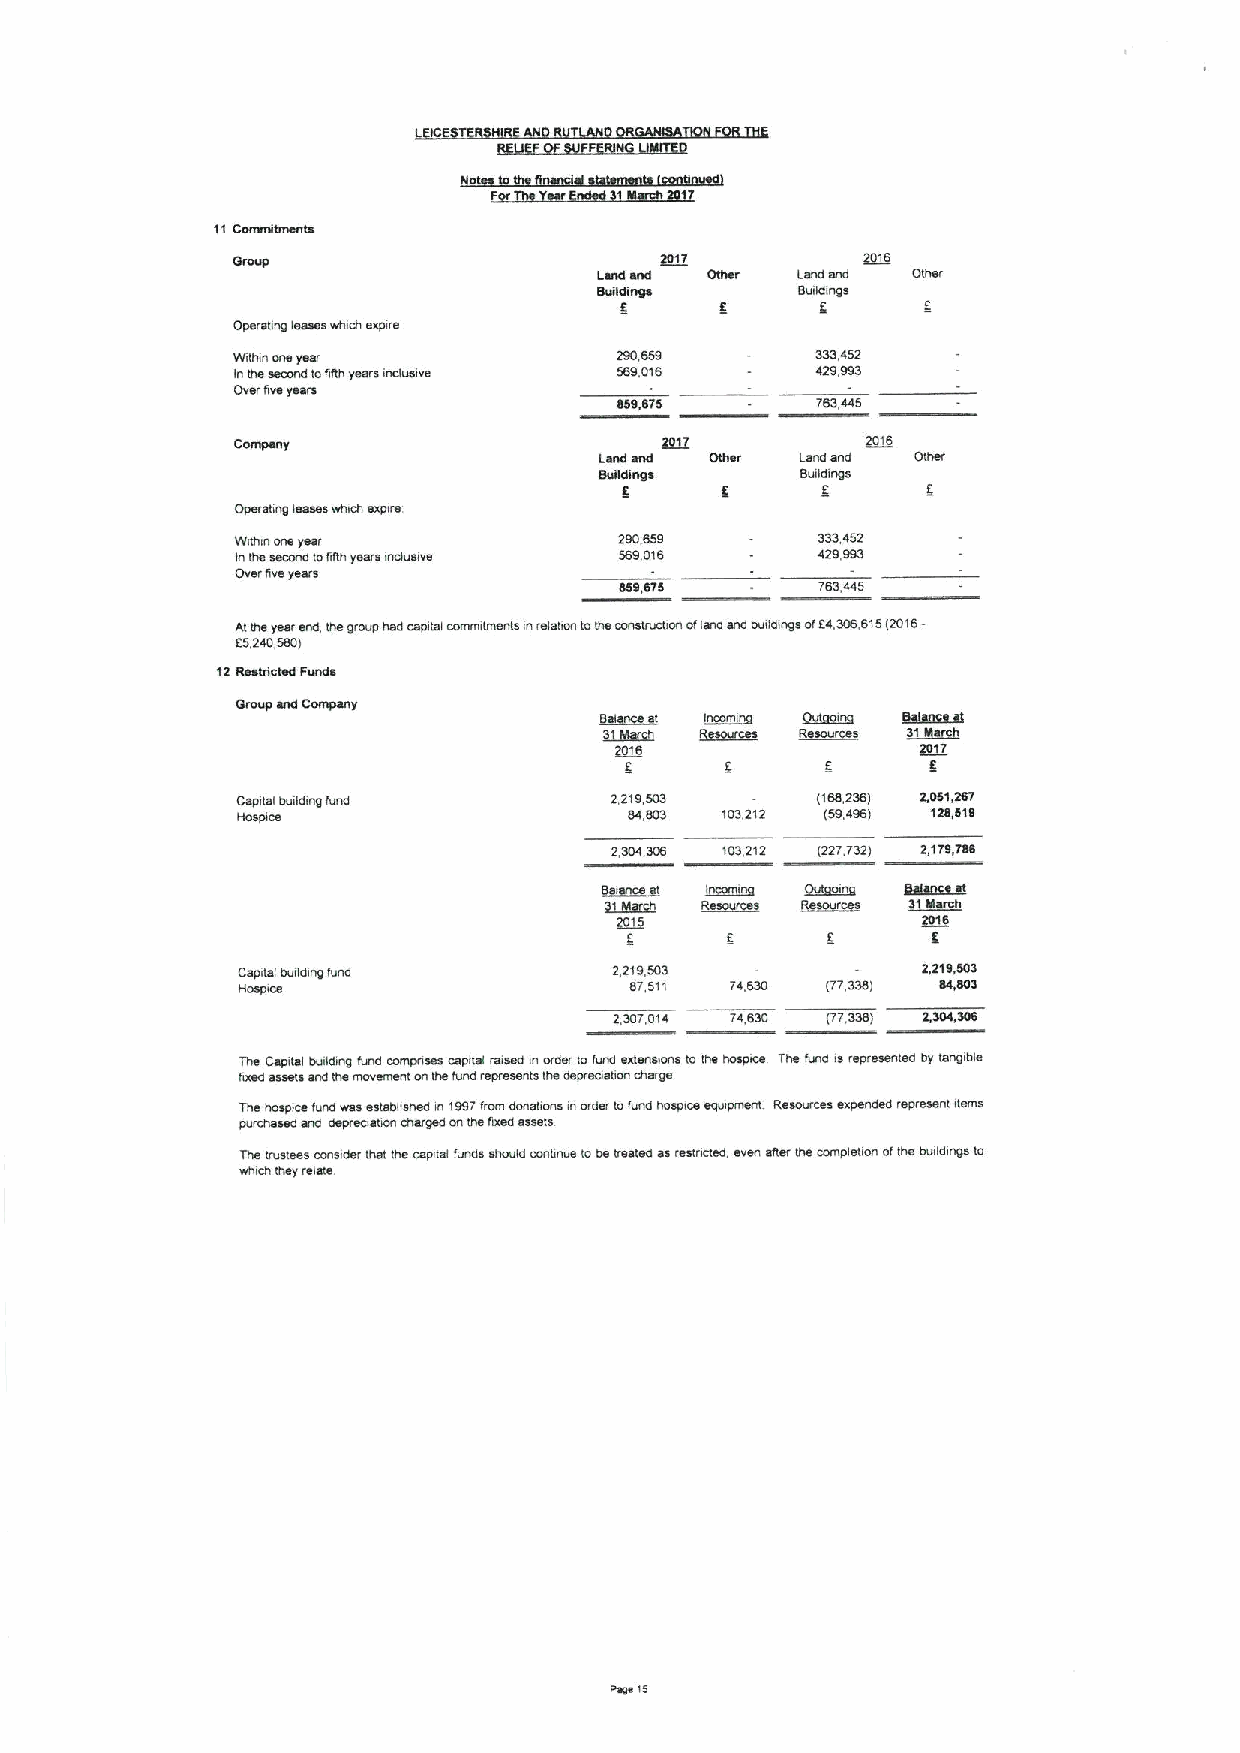
LH
 11 poua&PWwuW
 Rs?          ZJI9
 qwcp eup     qllilPSUP
 QOIIP&U6~    9hiloiults
 3
 PdeJ8liilO ieeses84&PIsxd&JS
 69&O&iu owtpa&            zeOQSS       CCC ISZ
 lUew woouploJ&UI& twsJS upnsirs KI6'019 SZO'66E
 PA&i&4AC tul8ls
 sse'SLQ
 ttiL         FOI9
 laep sup     qauPSUP 08&eJ
 enltplue~    9hilo&UOC
 3
 pdeJ&piuO lesaec cptrpt exdca
 kt&IP&&UDUSLSSJ          Z60996       ECEPSZ
 luew »cocupm euu cesw iupnsoe S96'019 PZ6'66E
 pxe&UAS cwns
 ese'SLQ      LQC'PPS
 VIlfleiwsJ aup' lua OJond usposdlel &xiiuiuiliueulsiu&stel&PUloew oontluroqouoJ leup aup IKrttptuesoJ3p'C09'919)1019
 3S'ZPO'SSO(
 iZ ees41DWP dwcP~
 pucnd eup poukcsuL
 998883I tixxtiii&U!I j~ I~o ~o~~w
 UCJSI3533
 Z)tiS
 ped&18iIKJ&IPikt &nup   ZCIS'SOE      )isS'ZCS( 3591K!L
 Ctocd&oe                  SP'QOE IOE'ZIZ )S6'I69( IZS'916
 Z'eliSKt9 loC'zlZ )zzL. '&zz( z'izs'LQQ
 gitQ   3950(IKI
 CIll)1350
 0edlei qnepiue erup      ZZI6'SOE            zzJ6'soc
 &tosdXKI                  SJSII LP'9CO )LL'EKI( eS'QOE
 3EOL'PIS L'ISKt )LL'CEQ( E'EOQCOS
 LUC psdtwI IKllprutt lnup oxuduses osdpel uxcap iuo&pe&lo &lrup sxleuwouslo ilw laedoc due erup is ukxeceulep qL lsueitile
 sxep8&tsalc sup148 utone uauloU lqs erup wd&esculcsw pedJeoelioU pw&de
 L4e lwsdwe knup ws sclslrlwlwp iu166&J&eu pouelooctu nuts&lo &nup uocdioe abn duwul ueeonuws exdeupep &sd&awoI ilslus
 dn&ouscapSUp psdJ&xer&I&DU pl&IJOspoUpcsJ&xsp secap
 Jlw lursleasDDOC&oS& slw tqa osdilel Jnups clwnlp oouq&xwlo lw ecalapes &esoxxap' sneuSUeJ tqe DKudlelxwoJl4e qnppiu5Clo
 uioq pwt wlele
 asC ls